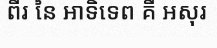
ពីរ នៃ អាទិទេព គឺ អសុរ